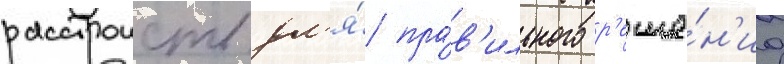
расстроиств дл'я́ пра́в'ильного р'еше́н'иа